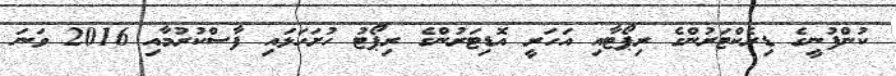
ކުންފުނީގެ ޑިރެކްޓަރުންގެ ރިޕޯޓާއި އަހަރީ އޮޑިޓަރުންގެ ރިޕޯޓު ހުށަހަޅައި ފާސްކުރުމާއި 2016 ވަނަ